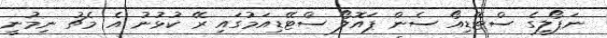
ނަޕޯލީގެ ސްޓޭޑިއޯ ސެން ޕައޮލޯ ސްޓޭޑިއަމުގައި ރޭ ކުޅުނު އެ މެޗު ނިމުނީ